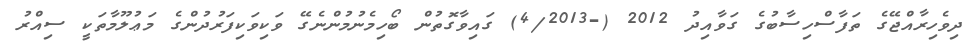
ދިވެހިރާއްޖޭގެ ތަފާސްހިސާބުގެ ގަވާއިދު 2012 (-4/2013) ގައިވާގޮތުން ބޯހިމެނުމުންނެގޭ ވަކިވަކިފަރުދުންގެ މަޢުލޫމާތަކީ ސިއްރު